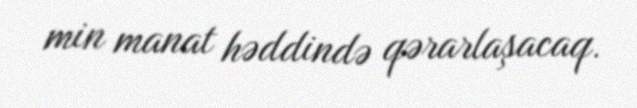
min manat həddində qərarlaşacaq.